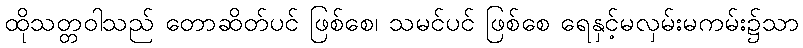
ထိုသတ္တဝါသည် တောဆိတ်ပင် ဖြစ်စေ၊ သမင်ပင် ဖြစ်စေ ရေနှင့်မလှမ်းမကမ်း၌သာ